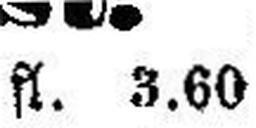
fl. 3.60